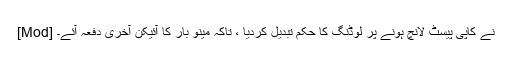
[Mod] نے کاپی پیسٹ لانچ ہونے پر لوڈنگ کا حکم تبدیل کردیا ، تاکہ مینو بار کا آئیکن آخری دفعہ آئے۔